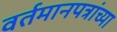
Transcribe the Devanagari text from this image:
वर्तमानपत्रांच्या